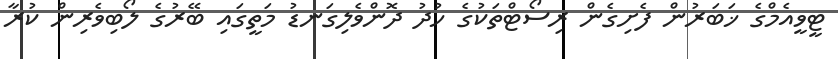
ޓީވީއެމްގެ ޚަބަރުން ފެށިގެން ރިސޯޓްތަކުގެ ހުދު ދޮންވެލިގަނޑު މަތީގައި ބޭރުގެ ލޯބިވެރިން ކުރާ